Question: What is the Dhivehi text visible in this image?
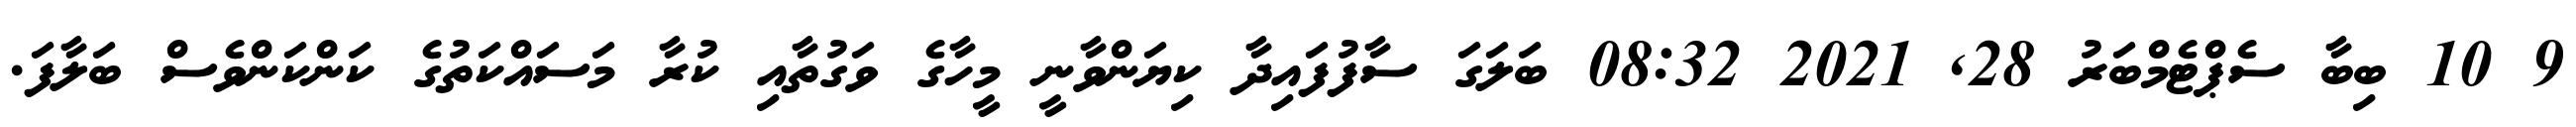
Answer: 9 10 ބިބާ ސެޕްޓެމްބަރު 28, 2021 08:32 ބަލަގަ ސާފުފައިދާ ކިޔަންވާނީ މީހާގެ ވަގުތާއި ކުރާ މަސައްކަތުގެ ކަންކަންވެސް ބަލާފަ.